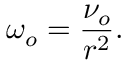
\omega _ { o } = \frac { \nu _ { o } } { r ^ { 2 } } .